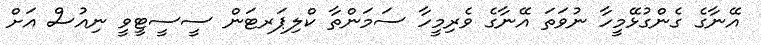
އޭނާގެ ގެންގުޅޭމީހާ ނުވަތަ އޭނާގެ ވެރިމީހާ ސަމަންތާ ކްލިޕަރޓަން ސީސީޓީވީ ނިއުސް އަށް